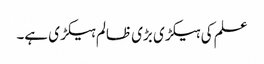
علم کی ہیکڑی بڑی ظالم ہیکڑی ہے۔